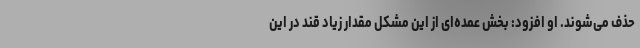
حذف می‌شوند. او افزود: بخش عمده‌ای از این مشکل مقدار زیاد قند در این